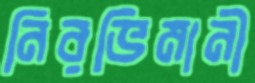
নিরভিমানী